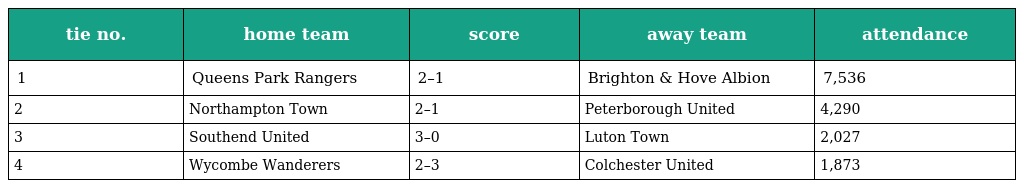
| tie no. | home team | score | away team | attendance |
 | --- | --- | --- | --- | --- |
 | 1 | Queens Park Rangers | 2–1 | Brighton & Hove Albion | 7,536 |
 | 2 | Northampton Town | 2–1 | Peterborough United | 4,290 |
 | 3 | Southend United | 3–0 | Luton Town | 2,027 |
 | 4 | Wycombe Wanderers | 2–3 | Colchester United | 1,873 |